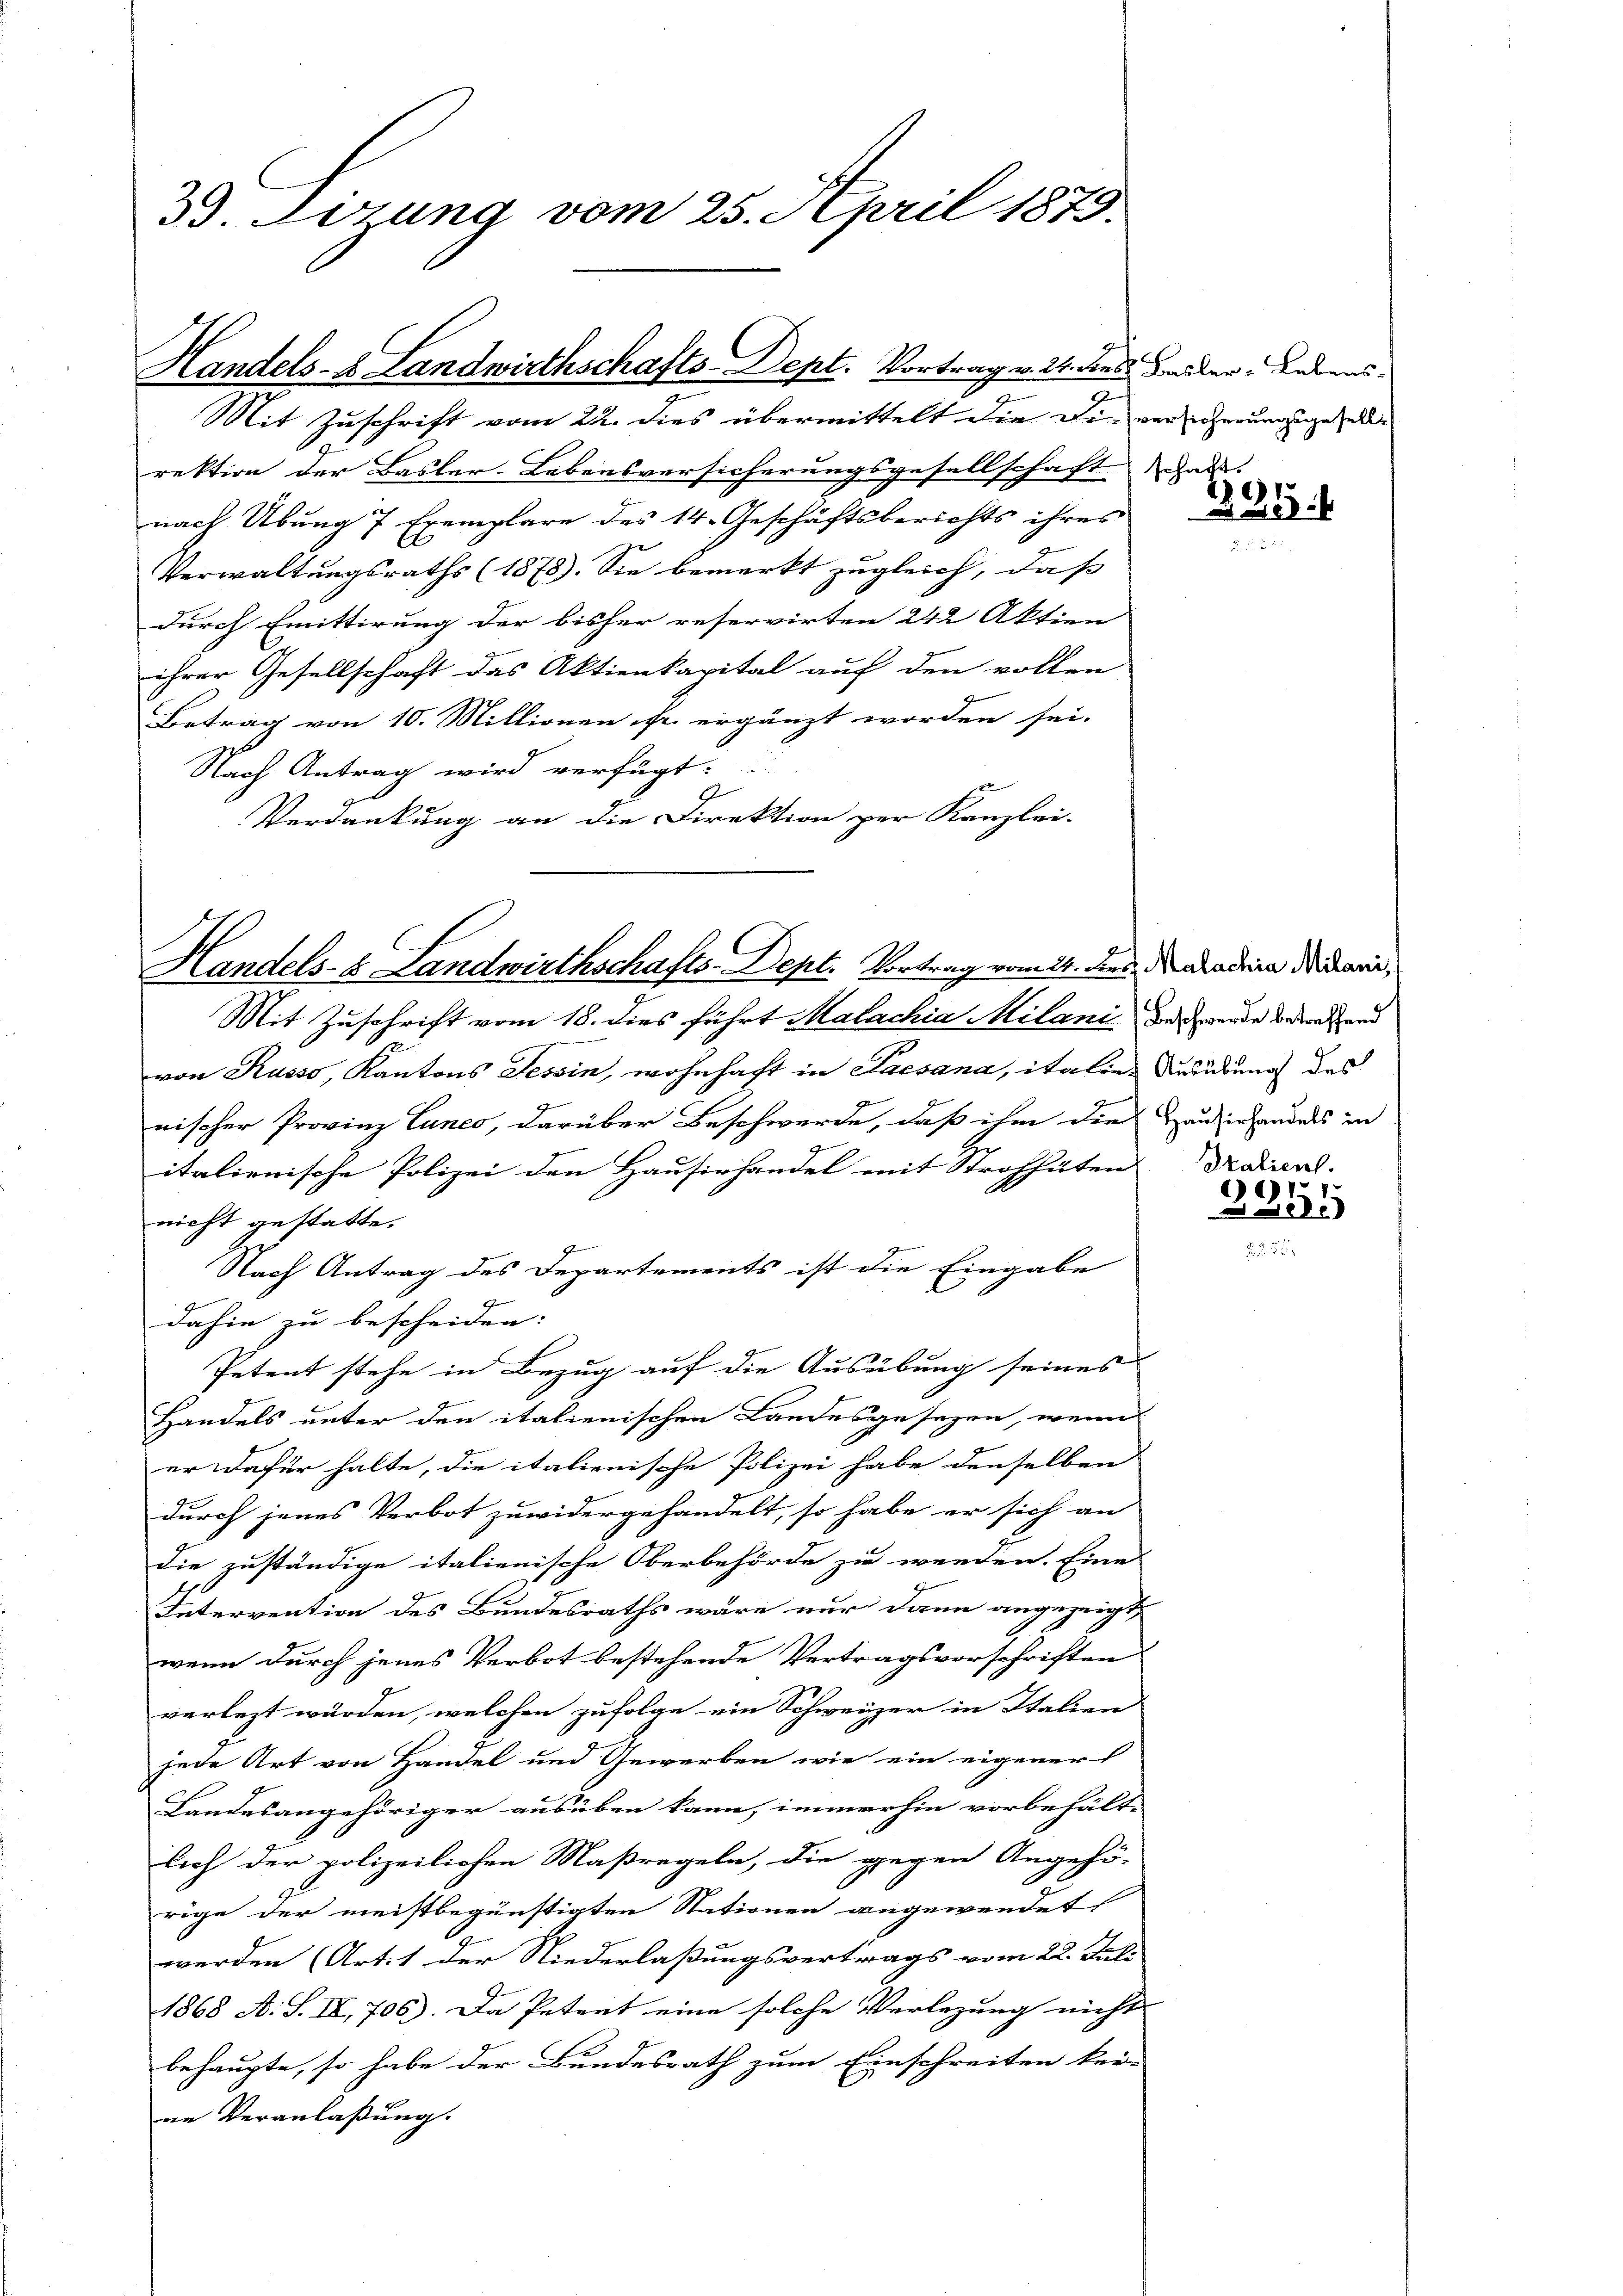
3. Sitzung vom 25. April 1875.

Handels- & Landwirthschafts-Dept. Vortrag v. 24. dies Basler Lebens¬

Handels- & Landwirthschafts-Dept. Vortrag vom 24. des Natadria Mitari,
Mit Zuschrift vom 18. dies führt Malachia Milani das werde betreffend

Mit Zuschrift vom 22. dies übermittelt die Die vor herungsgesell
rektion der Basler-Lebensversicherungsgesellschaft das
nach Übung 7 Exemplare des 14. Geschäftsberichts ihres
Verwaltungsraths (1873). Sie bemerkt zugleich, daß
durch Emittirung der bisher reservirten 242 Aktien
ihrer Gesellschaft das Aktienkapital auf den vollen
Betrag von 10. Millionen fr. ergänzt worden sei.
Nach Antrag wird verfügt:
.
Verdankung an die Direktion per Kanzlei-

7

12
von Kusso, Kantons Tessin, wohnhaft in Sacsana, italien Ausübung des
nischer Provinz Lunes, darüber Beschwerde, daß ihm die Hausirhandels in
italienische Polizei den Hausirhandel mit Strohhalten Norical
nicht gestatte.
Nach Antrag des Departements ist die Eingabe
dahin zu bescheiden:
Petent stehe in Bezug auf die Ausübung seines
Handels unter den italienischen Landesgesezen, wenn
er dafür halte, die italienische Polizei habe denselben
durch jenes Verbot zuwidergehandelt, so habe er sich an
die zuständige italienische Oberbehörde zu werden. Eine
Intervention des Bundesraths wäre nur dann angezeigt,
wenn durch jenes Verbot bestehende Vertragsvorschriften
verlezt würden, welchen zufolge ein Schweizer in Italien
jede Art von Handel und Gewerben wie ein eigener
Landesangehöriger ausüben kann, immerhin vorbehält-
lich der polizeilichen Maßregeln, die gegen Angehö-
rige der meistbegünstigten Stationen angewendet
werden (Art. 1 der Niederlaßungsvertrags vom 22. Juli
1868 A. S. IV, 706). Da Petent eine solche Verlegung nicht
behaupte, so habe der Bundesrath zum Einschreiten kei-
ne Veranlaßung.

1.
3605